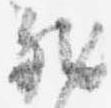
然